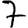
Digit: 7